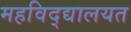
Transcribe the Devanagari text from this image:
महविद्द्यालयत